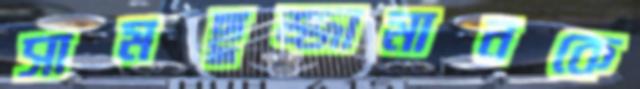
সামছুজ্জামানকে